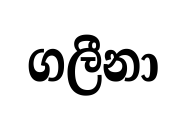
ගලීනා